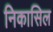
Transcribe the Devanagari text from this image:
निकासिल